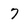
Character: 7